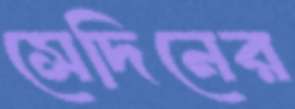
সেদিনের